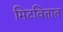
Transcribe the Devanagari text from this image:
मिटवितात